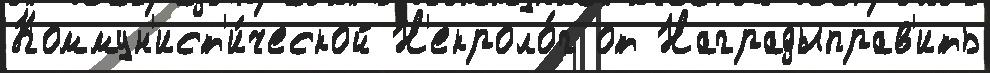
Коммун'ист'и́ческой Н'екроло́г от Наградыправ'ить